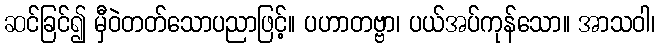
ဆင်ခြင်၍ မှီဝဲတတ်သောပညာဖြင့်။ ပဟာတဗ္ဗာ၊ ပယ်အပ်ကုန်သော။ အာသဝါ၊